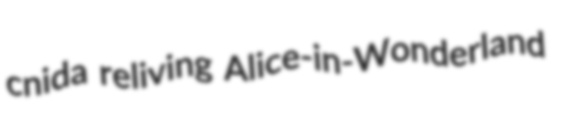
cnida reliving Alice-in-Wonderland